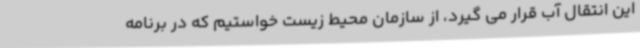
این انتقال آب قرار می گیرد، از سازمان محیط زیست خواستیم که در برنامه